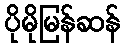
ပိုမိုမြန်ဆန်